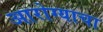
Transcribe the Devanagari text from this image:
आरोग्याचा